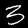
Digit: 3